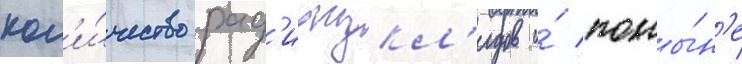
кол'и́чество рад'ионукл'идов и́ поны́н'е